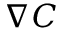
\boldsymbol \nabla C